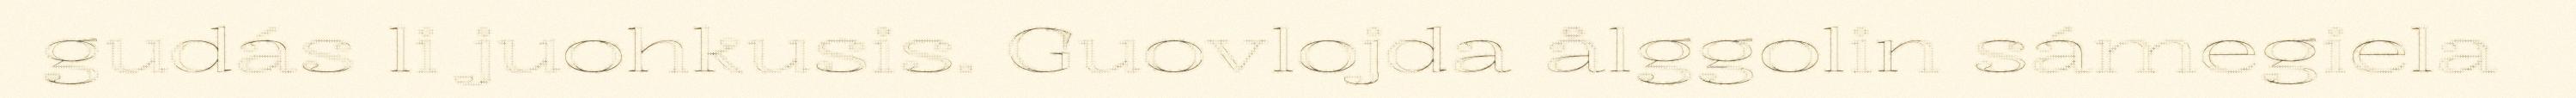
gudás li juohkusis. Guovlojda ålggolin sámegiela